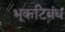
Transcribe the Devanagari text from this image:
भूकटिबंध